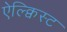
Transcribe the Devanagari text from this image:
ऐल्क्विस्ट